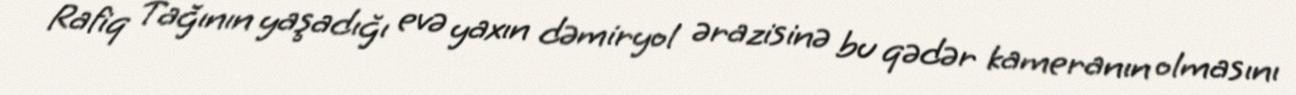
Rafiq Tağının yaşadığı evə yaxın dəmiryol ərazisinə bu qədər kameranın olmasını